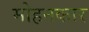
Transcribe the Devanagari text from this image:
मोहनकार